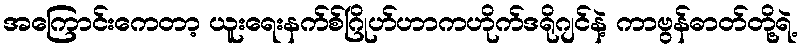
အကြောင်းကေတာ့ ယူးရေးနက်စ်ဂြိုဟ်ဟာကဟိုက်ဒရိုဂျင်နဲ့ ကာဗွန်ဓာတ်တို့ရဲ့